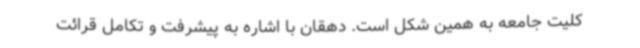
کلیت جامعه به همین شکل است. دهقان با اشاره به پیشرفت و تکامل قرائت